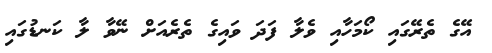
އޭގެ ތެރޭގައި ކޯމަހާއި ވެލާ ފަދަ ވައިގެ ތެރެއަށް ނޭވާ ލާ ކަނޑުގައި